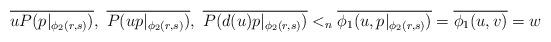
LaTeX: \begin{align*}\overline{ uP(p|_{\phi_2(r,s)}) }, \ \overline{ P(up|_{\phi_2(r,s)})}, \ \overline{ P(d(u)p|_{\phi_2(r,s)}) } <_n \overline{\phi_1(u,p|_{\phi_2(r,s)})}=\overline{\phi_1(u,v)} =w\end{align*}